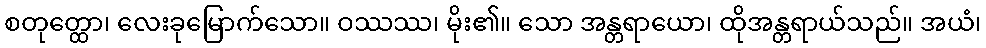
စတုတ္ထော၊ လေးခုမြောက်သော။ ဝဿဿ၊ မိုး၏။ သော အန္တရာယော၊ ထိုအန္တရာယ်သည်။ အယံ၊